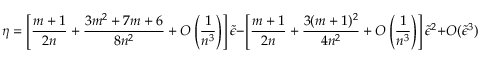
\eta = \left[ { \frac { m + 1 } { 2 n } } + { \frac { 3 m ^ { 2 } + 7 m + 6 } { 8 n ^ { 2 } } } + O \left( { \frac { 1 } { n ^ { 3 } } } \right) \right] \tilde { \epsilon } - \left[ { \frac { m + 1 } { 2 n } } + { \frac { 3 ( m + 1 ) ^ { 2 } } { 4 n ^ { 2 } } } + O \left( { \frac { 1 } { n ^ { 3 } } } \right) \right] \tilde { \epsilon } ^ { 2 } + O ( \tilde { \epsilon } ^ { 3 } ) .